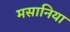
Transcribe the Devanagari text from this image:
मसानिया